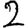
Digit: 2